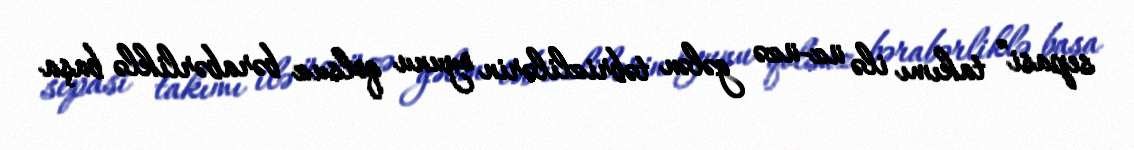
sepasi” takımı ilə üz-üzə gələn təbrizlilərin oyunu qolsuz bərabərliklə başa